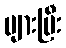
များပြီး